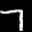
Label: 7